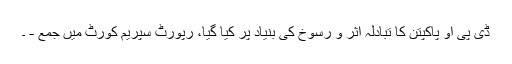
ڈی پی او پاکپتن کا تبادلہ اثر و رسوخ کی بنیاد پر کیا گیا، رپورٹ سپریم کورٹ میں جمع - ۔